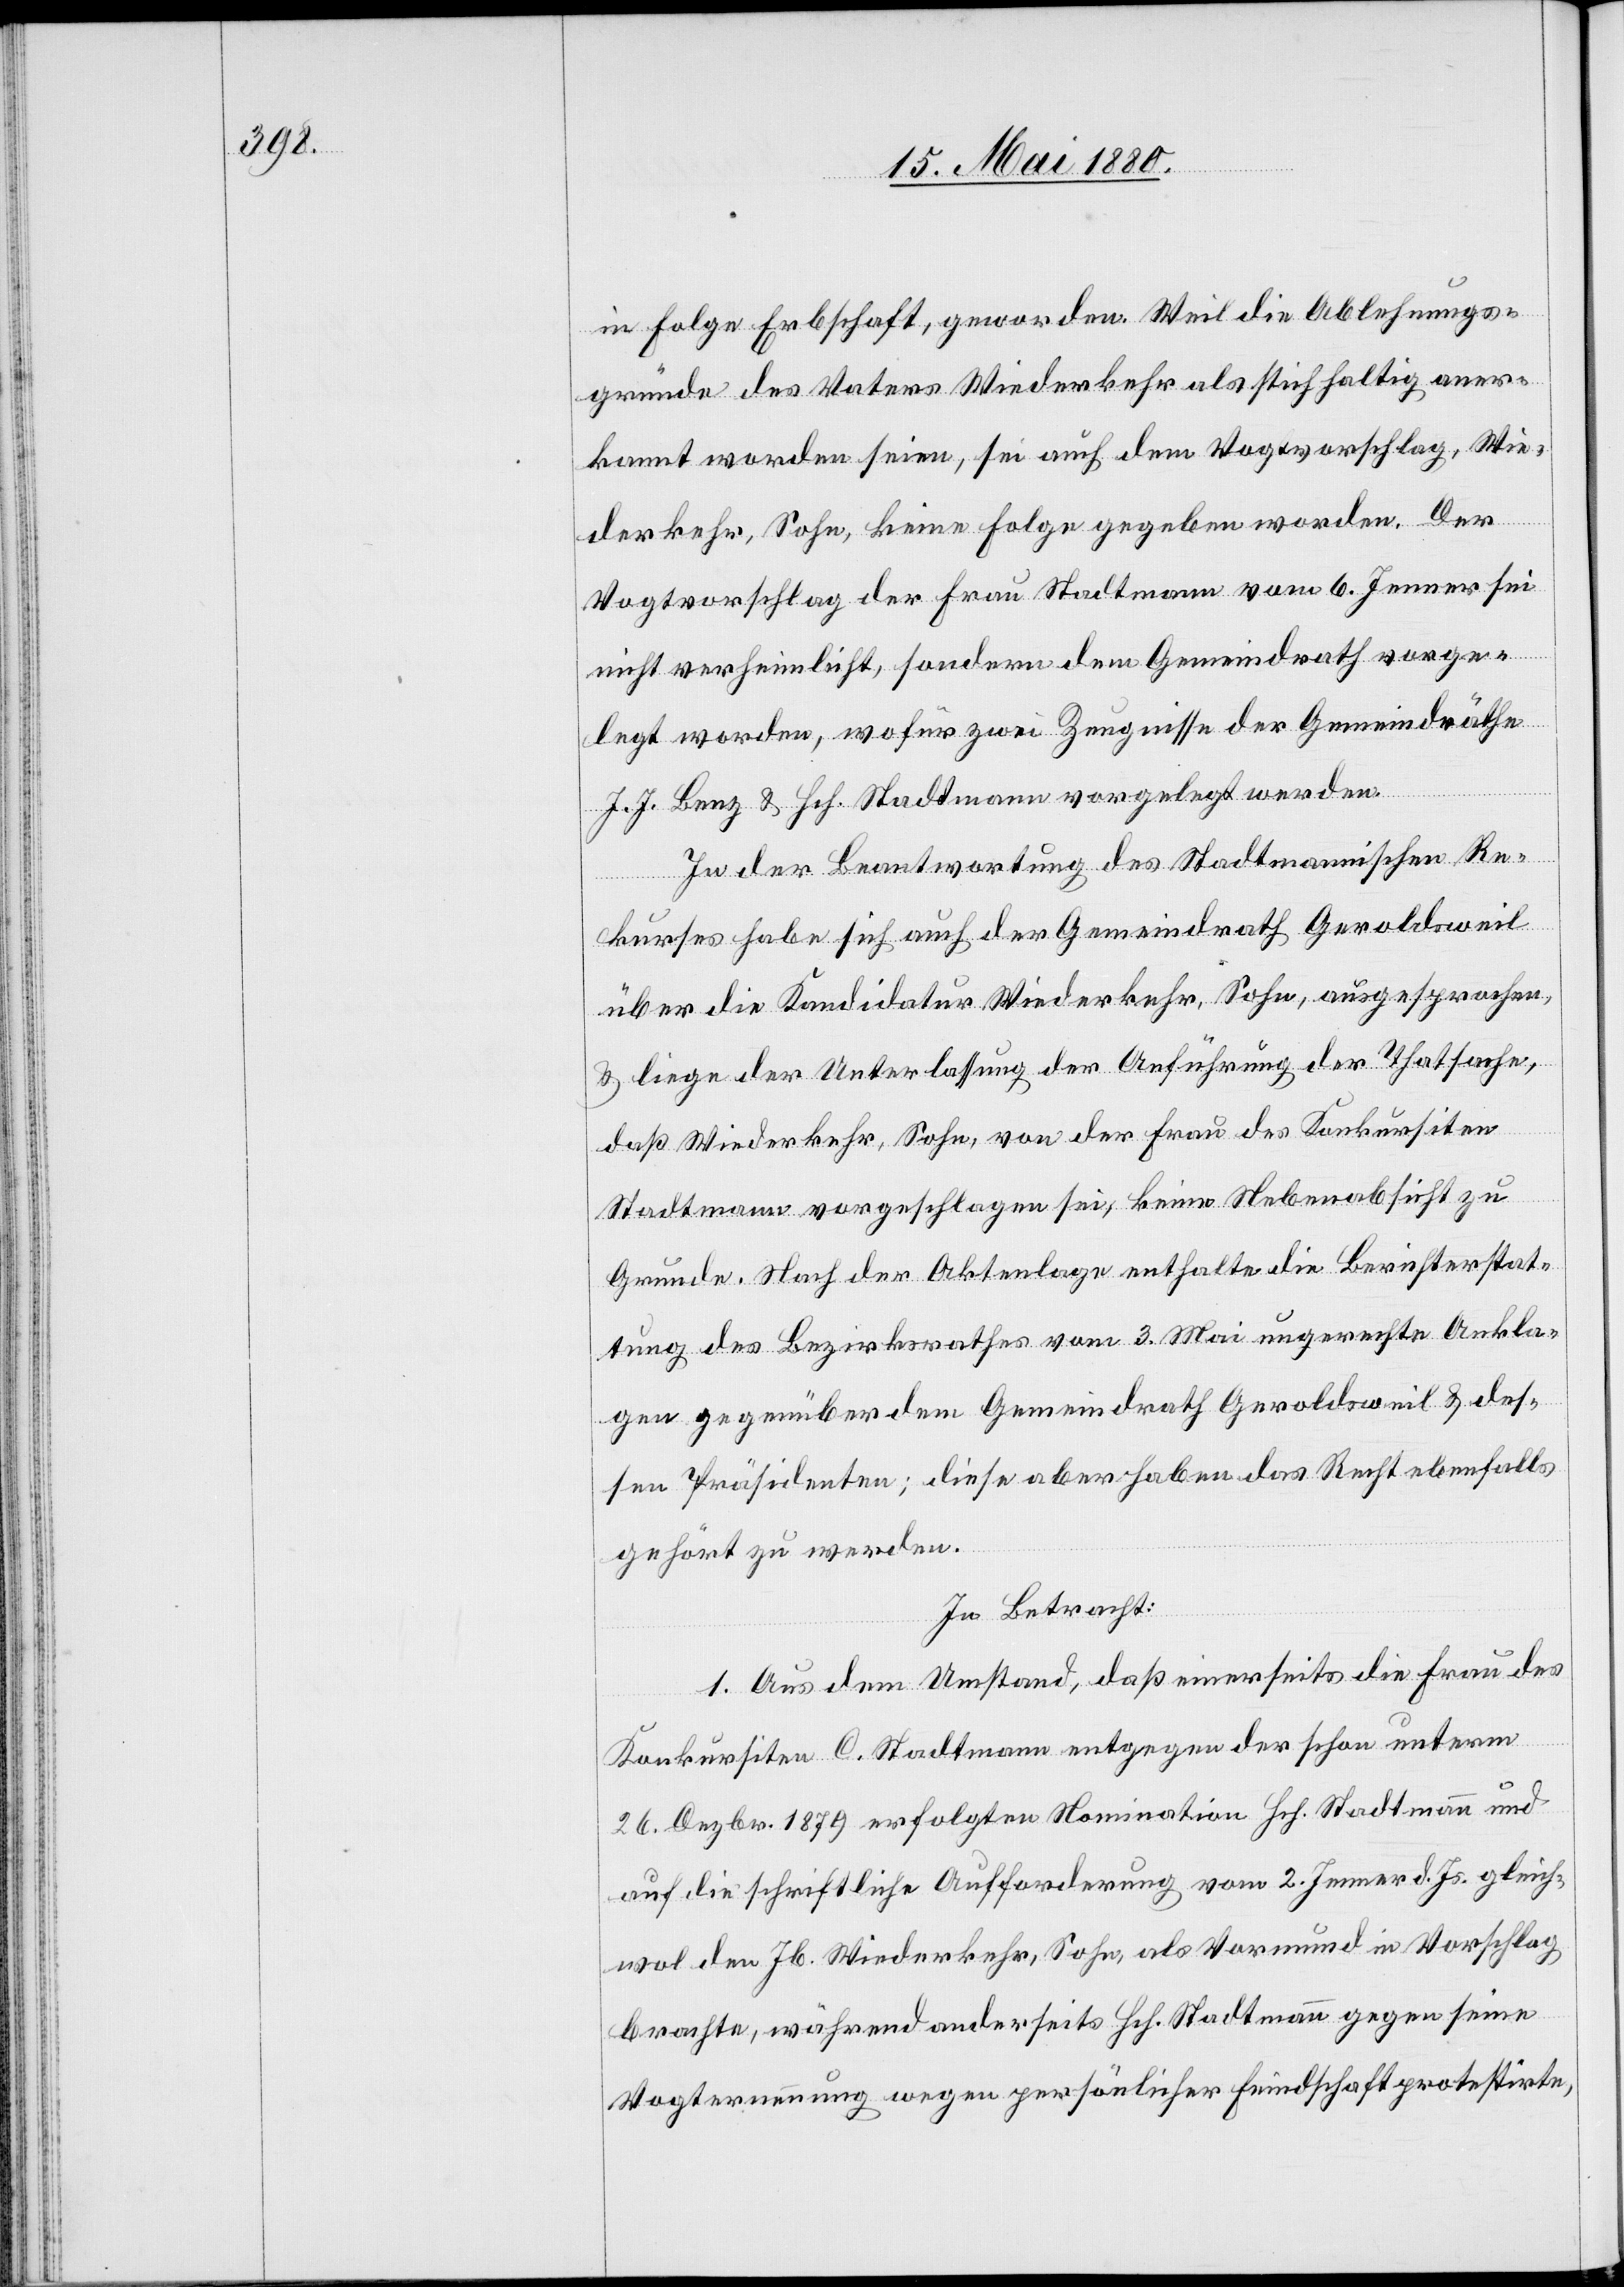
in Folge Erbschaft, geworden. Weil die Ablehnungs¬
gründe des Vaters Wiederkehr als stichhaltig aner¬
kannt worden seien, sei auch dem Vogtvorschlag, Wie¬
derkehr, Sohn, keine Folge gegeben worden. Der
Vogtvorschlag der Frau Stadtmann vom 6. Jenner sei
nicht verheimlicht, sondern dem Gemeindrath vorge¬
legt worden, wofür zwei Zeugnisse der Gemeindräthe
J. J. Benz & Hch. Stadtmann vorgelegt werden.
In der Beantwortung des Stadtmannischen Re¬
kurses habe sich auch der Gemeindrath Geroldsweil
über die Kandidatur Wiederkehr, Sohn, ausgesprochen,
& liege der Unterlassung der Anführung der Thatsache,
daß Wiederkehr, Sohn, von der Frau des Konkursiten
Stadtmann vorgeschlagen sei, keine Nebenabsicht zu
Grunde. Nach der Aktenlage enthalte die Berichterstat¬
tung des Bezirksrathes vom 3. Mai ungerechte Ankla¬
gen gegenüber dem Gemeindrath Geroldsweil & des¬
sen Präsidenten; diese aber haben das Recht ebenfalls
gehört zu werden.
In Betracht:
1. Aus dem Umstand, daß einerseits die Frau des
Konkursiten C. Stadtmann entgegen der schon unterm
26. Dezbr. 1879 erfolgten Nomination Hch. Stadtmann und
auf die schriftliche Aufforderung vom 2. Jenner d. Js. gleich¬
wol den Jb. Wiederkehr, Sohn, als Vormund in Vorschlag
brachte, während anderseits Hch. Stadtmann gegen seine
Vogternennung wegen persönlicher Feindschaft protestirte,